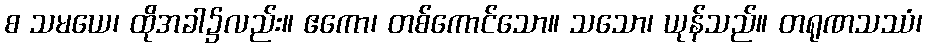
စ သမယေ၊ ထိုအခါ၌လည်း။ ဧကော၊ တစ်ကောင်သော။ သသော၊ ယုန်သည်။ တရုဏသဿံ၊